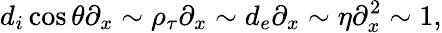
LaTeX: d_{i}\cos\theta\partial_{x}\sim\rho_{\tau}\partial_{x}\sim d_{e}\partial_{x}\sim\eta\partial_{x}^{2}\sim 1,